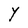
Character: Y